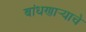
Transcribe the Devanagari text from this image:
बांधणार्‍याचे